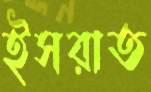
ইসরাত